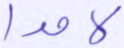
لامدا